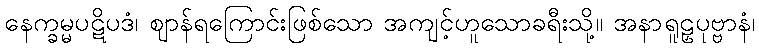
နေက္ခမ္မပဋိပဒံ၊ ဈာန်ရကြောင်းဖြစ်သော အကျင့်ဟူသောခရီးသို့။ အနာရူဠှပုဗ္ဗာနံ၊